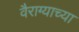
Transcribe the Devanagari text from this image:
वैराग्याच्या